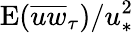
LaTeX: \mathrm{E}(\overline{{uw}}_{\tau})/u_{\ast}^{2}